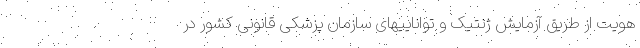
هویت از طریق آزمایش ژنتیک و تواناییهای سازمان پزشکی قانونی کشور در